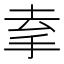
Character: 𢫀